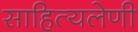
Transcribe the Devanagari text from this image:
साहित्यलेणी